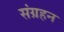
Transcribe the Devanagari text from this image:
संग्रहन